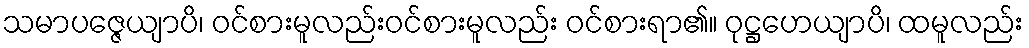
သမာပဇ္ဇေယျာပိ၊ ဝင်စားမူလည်းဝင်စားမူလည်း ဝင်စားရာ၏။ ဝုဋ္ဌဟေယျာပိ၊ ထမူလည်း